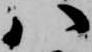
八